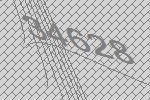
34628